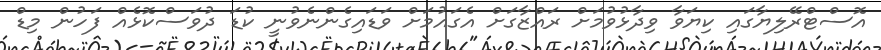
އޮސްޓްރޭލިޔާގައި ކިޔަވާ ވިދާޅުވުމަށް ރައްޒާގަށް އެގައުމަށް ވަޑައިގެންނެވުނީ ކުޑަ ދުވަސްކޮޅެއް ފަހުން މިޑް